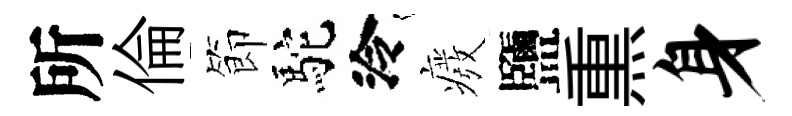
所倫節駝泠癈鹽𤋱身